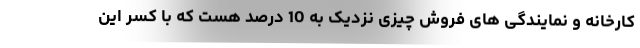
کارخانه و نمایندگی های فروش چیزی نزدیک به 10 درصد هست که با کسر این